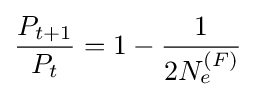
{\frac {P_{t+1}}{P_{t}}}=1-{\frac {1}{2N_{e}^{(F)}}}